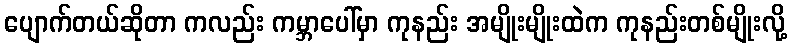
ပျောက်တယ်ဆိုတာ ကလည်း ကမ္ဘာပေါ်မှာ ကုနည်း အမျိုးမျိုးထဲက ကုနည်းတစ်မျိုးလို့